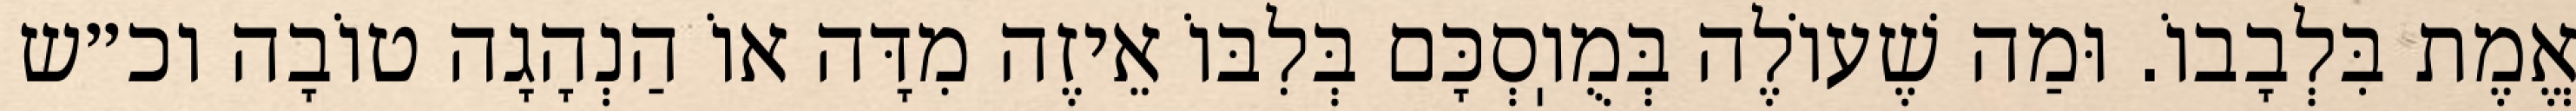
אֱמֶת בִּלְבָבוֹ. וּמַה שֶׁעוֹלֶה בְּמֻוֽסְכָּם בְּלִבּוֹ אֵיזֶה מִדָּה אוֹ הַנְהָגָה טוֹבָה וכ״ש